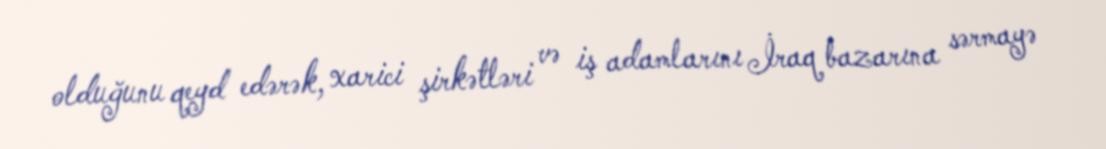
olduğunu qeyd edərək, xarici şirkətləri və iş adamlarını İraq bazarına sərmayə